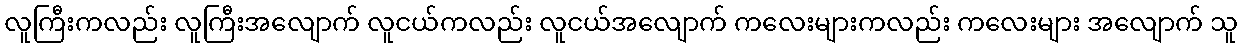
လူကြီးကလည်း လူကြီးအလျောက် လူငယ်ကလည်း လူငယ်အလျောက် ကလေးများကလည်း ကလေးများ အလျောက် သူ